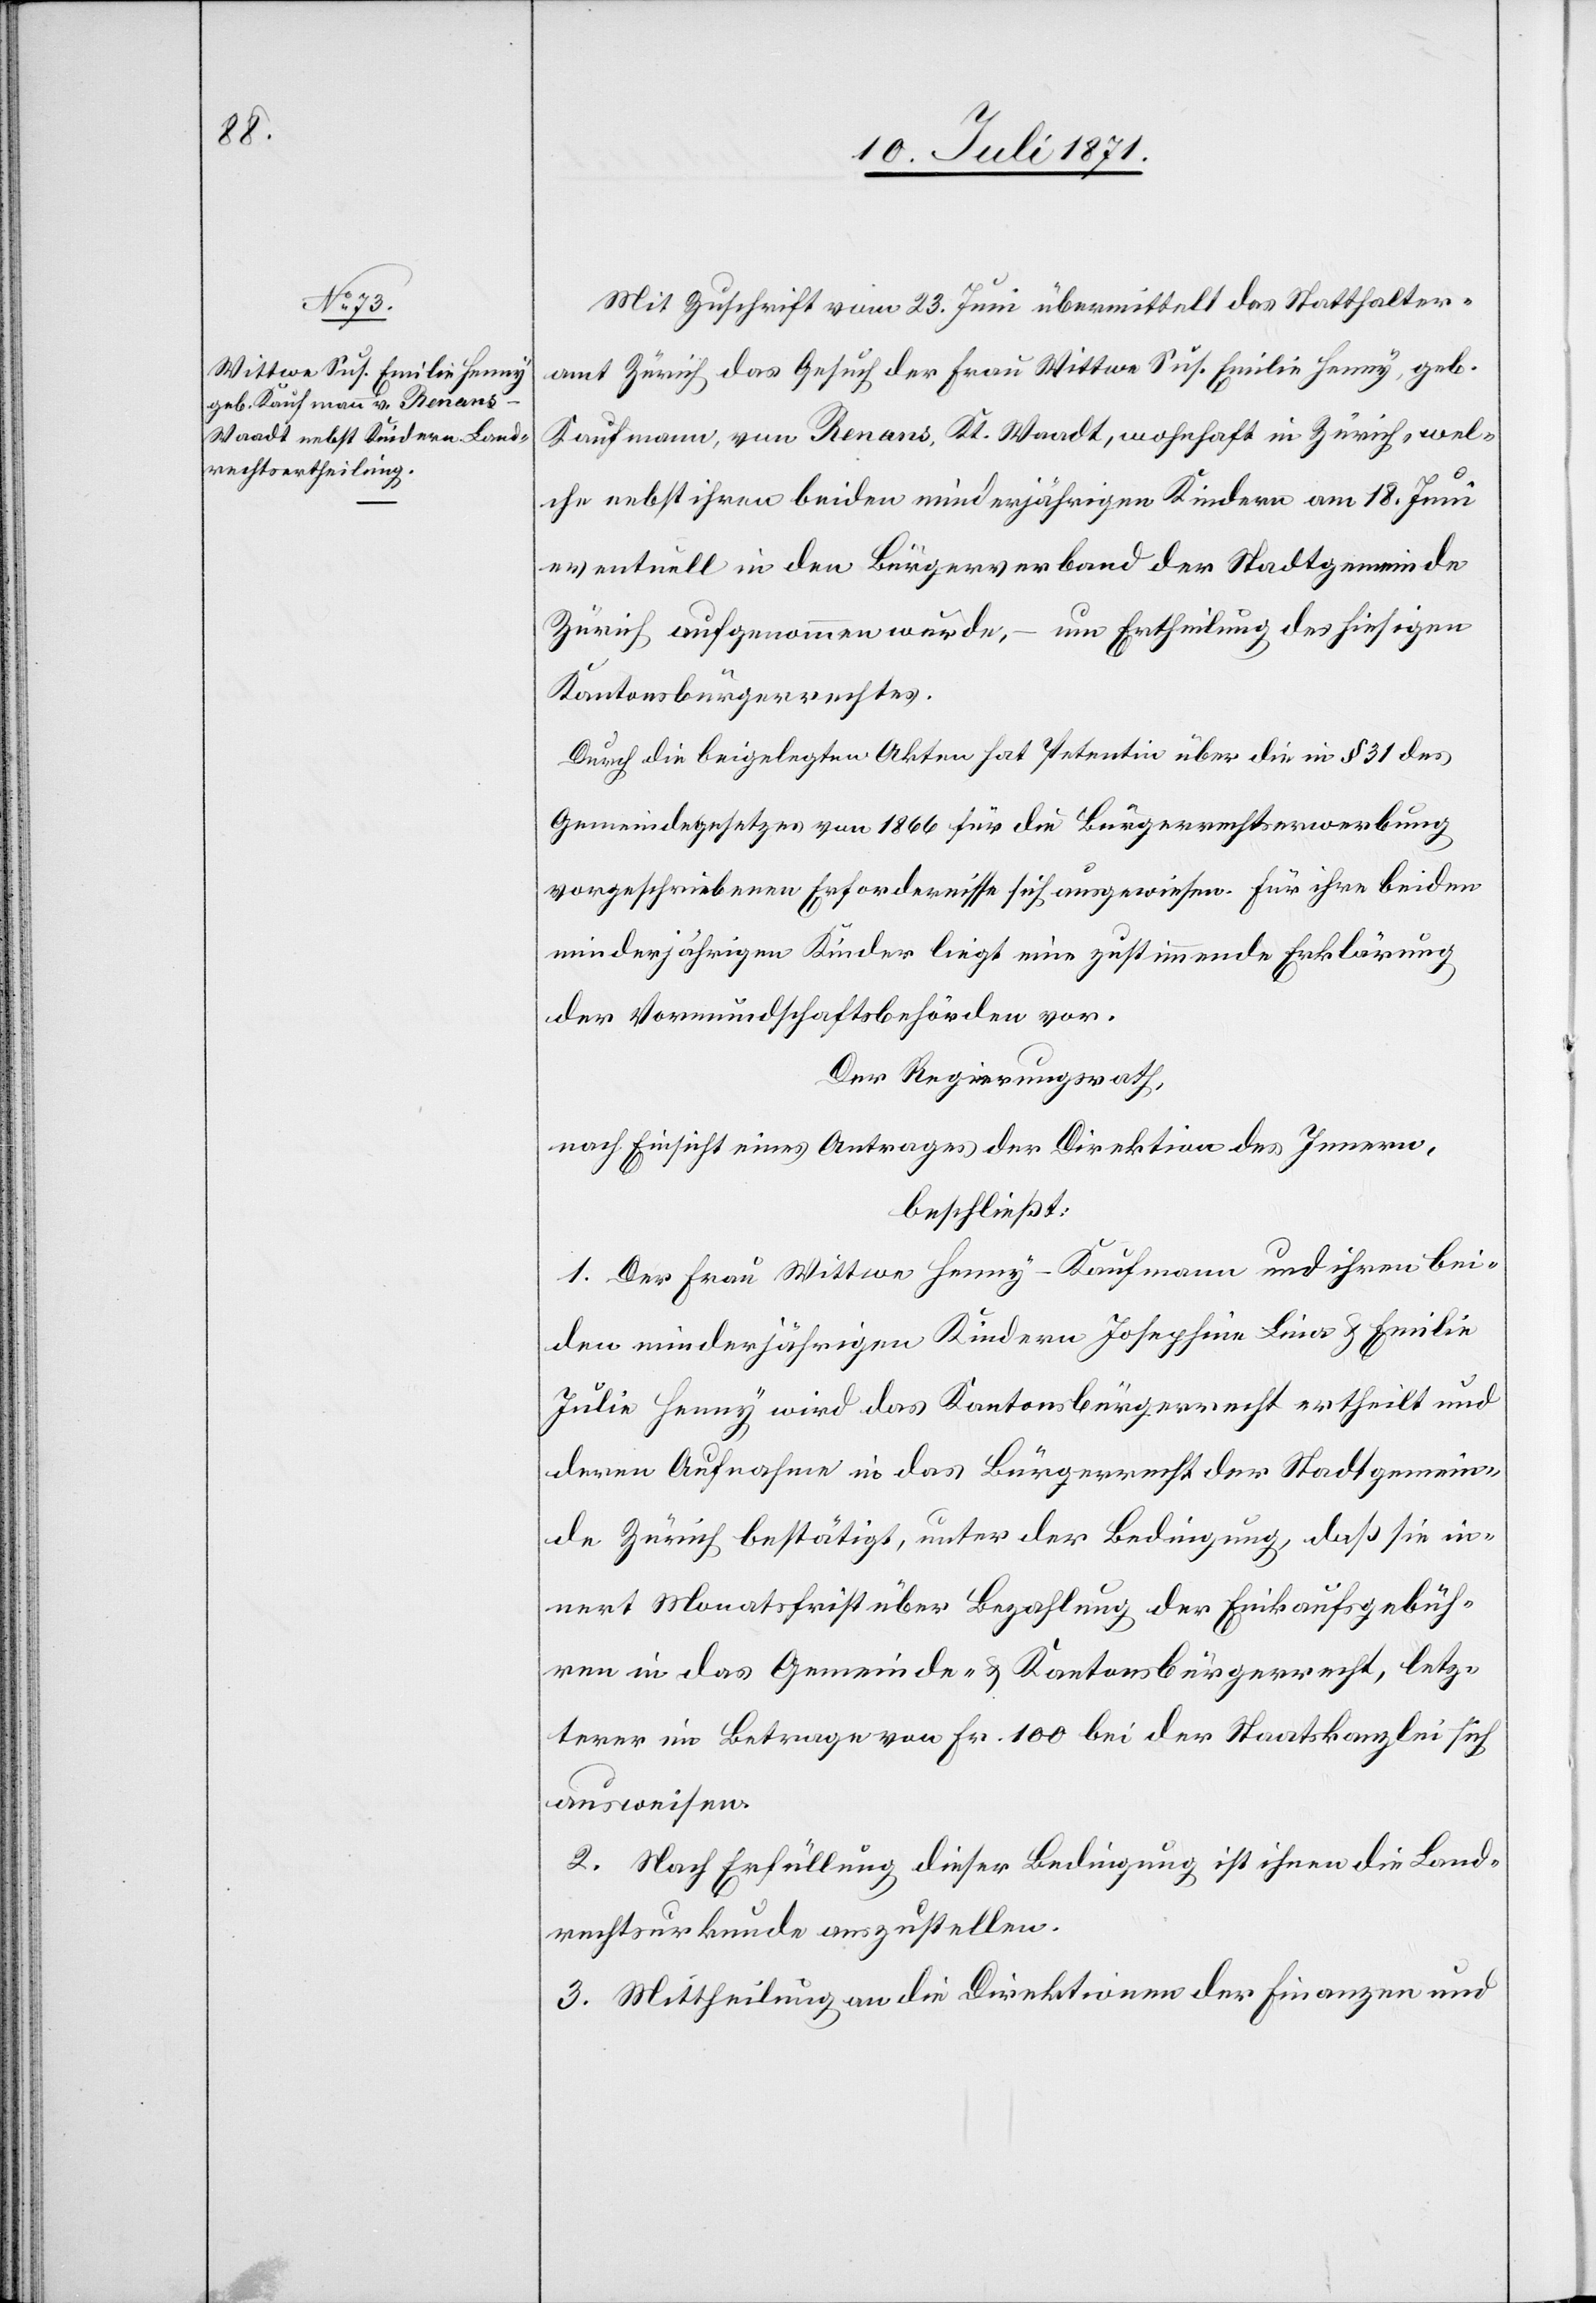
Mit Zuschrift vom 23. Juni übermittelt das Statthalter¬
amt Zürich das Gesuch der Frau Wittwe Sus. Emilie Henny, geb.
Kaufmann, von Renans, Kt. Waadt, wohnhaft in Zürich, wel¬
che nebst ihren beiden minderjährigen Kindern am 18. Juni
eventuell in den Bürgerverband der Stadtgemeinde
Zürich aufgenommen wurde, – um Ertheilung des hiesigen
Kantonsbürgerrechtes.
Durch die beigelegten Akten hat Petentin über die in § 31 des
Gemeindegesetzes von 1866 für die Bürgerrechtserwerbung
vorgeschriebenen Erfordernisse sich ausgewiesen. Für ihre beiden
minderjährigen Kinder liegt eine zustimmende Erklärung
der Vormundschaftsbehörden vor.
Der Regierungsrath,
nach Einsicht eines Antrages der Direktion des Innern,
beschließt:
1. Der Frau Wittwe Henny-Kaufmann und ihren bei¬
den minderjährigen Kindern Josephine Lina u. Emilie
Julia Henny wird das Kantonsbürgerrecht ertheilt und
deren Aufnahme in das Bürgerrecht der Stadtgemein¬
de Zürich bestätigt, unter der Bedingung, daß sie in¬
nert Monatsfrist über Bezahlung der Einkaufgebüh¬
ren in das Gemeinde- u. Kantonsbürgerrecht, letz¬
terer im Betrage von Fr. 100 bei der Staatskanzlei sich
ausweisen.
2. Nach Erfüllung dieser Bedingung ist ihnen die Land¬
rechtsurkunde auszustellen.
3. Mittheilung an die Direktion der Finanzen und